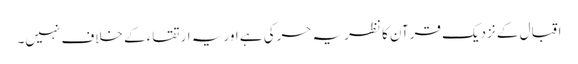
اقبال کے نزدیک قرآن کا نظریہ حرکی ہے اور یہ ارتقاء کے خلاف نہیں۔